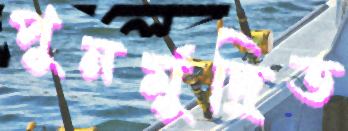
পুনর্মুদ্রিত